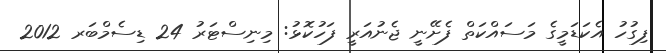
ފިގުހު އެކަޑަމީގެ މަސައްކަތް ފެށޭނީ ޖެނުއަރީ ފަހުކޮޅު: މިނިސްޓަރު 24 ޑިސެމްބަރ 2012